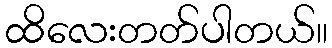
ထိလေးတတ်ပါတယ်။